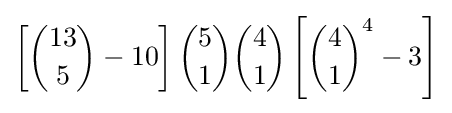
\left[{13 \choose 5}-10\right]{5 \choose 1}{4 \choose 1}\left[{4 \choose 1}^{4}-3\right]